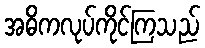
အဓိကလုပ်ကိုင်ကြသည်